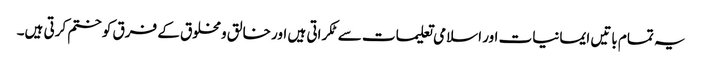
یہ تمام باتیں ایمانیات اور اسلامی تعلیمات سے ٹکراتی ہیں اور خالق ومخلوق کے فرق کو ختم کرتی ہیں۔